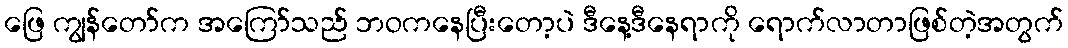
ဖြေ ကျွန်တော်က အကြော်သည် ဘဝကနေပြီးတော့ပဲ ဒီနေ့ဒီနေရာကို ရောက်လာတာဖြစ်တဲ့အတွက်